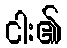
ငါး၏